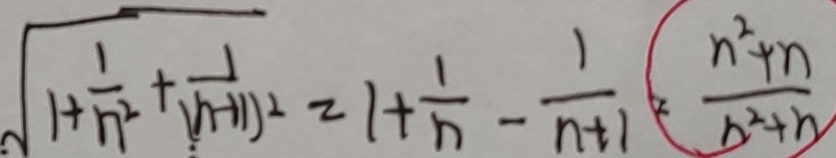
\sqrt { 1 + \frac { 1 } { n ^ { 2 } } + \frac { 1 } { ( n + 1 ) ^ { 2 } } } = 1 + \frac { 1 } { n } - \frac { 1 } { n + 1 } = ( \frac { n ^ { 2 } + n } { n ^ { 2 } + h ) }